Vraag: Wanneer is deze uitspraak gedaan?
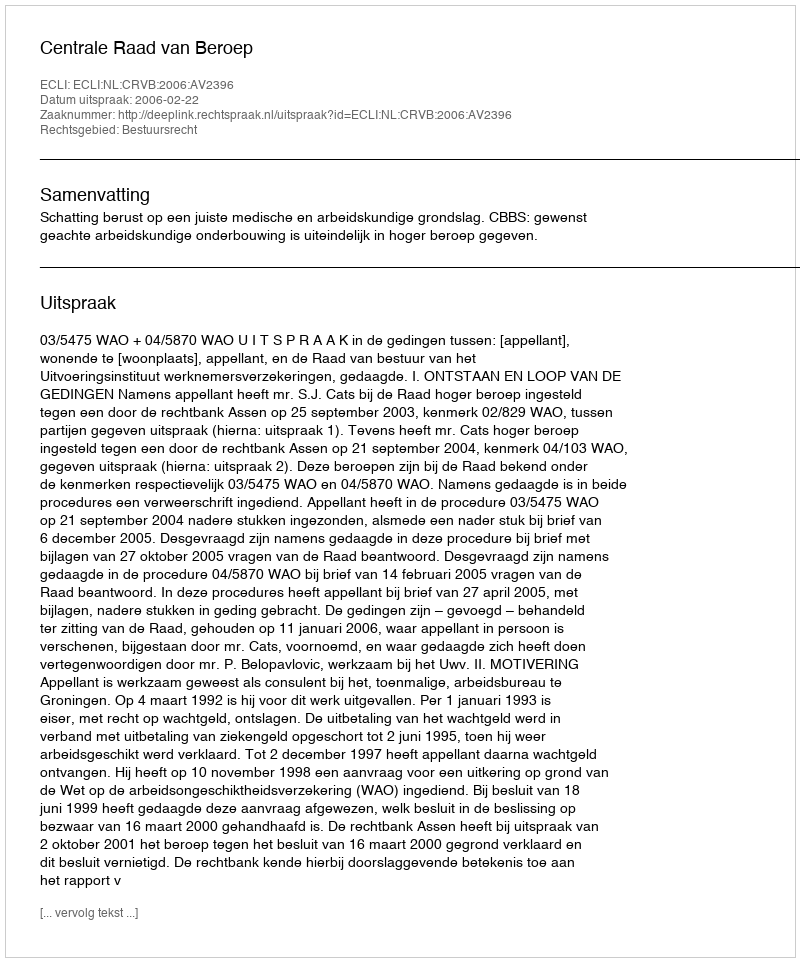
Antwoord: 2006-02-22